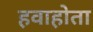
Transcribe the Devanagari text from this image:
हवाहोता